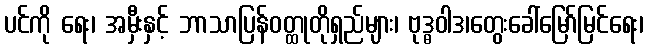
ပင်ကို ရေး၊ အမှီးနှင့် ဘာသာပြန်ဝတ္ထုတိုရှည်များ၊ ဗုဒ္ဓဝါဒ၊တွေးခေါ်မြော်မြင်ရေး၊